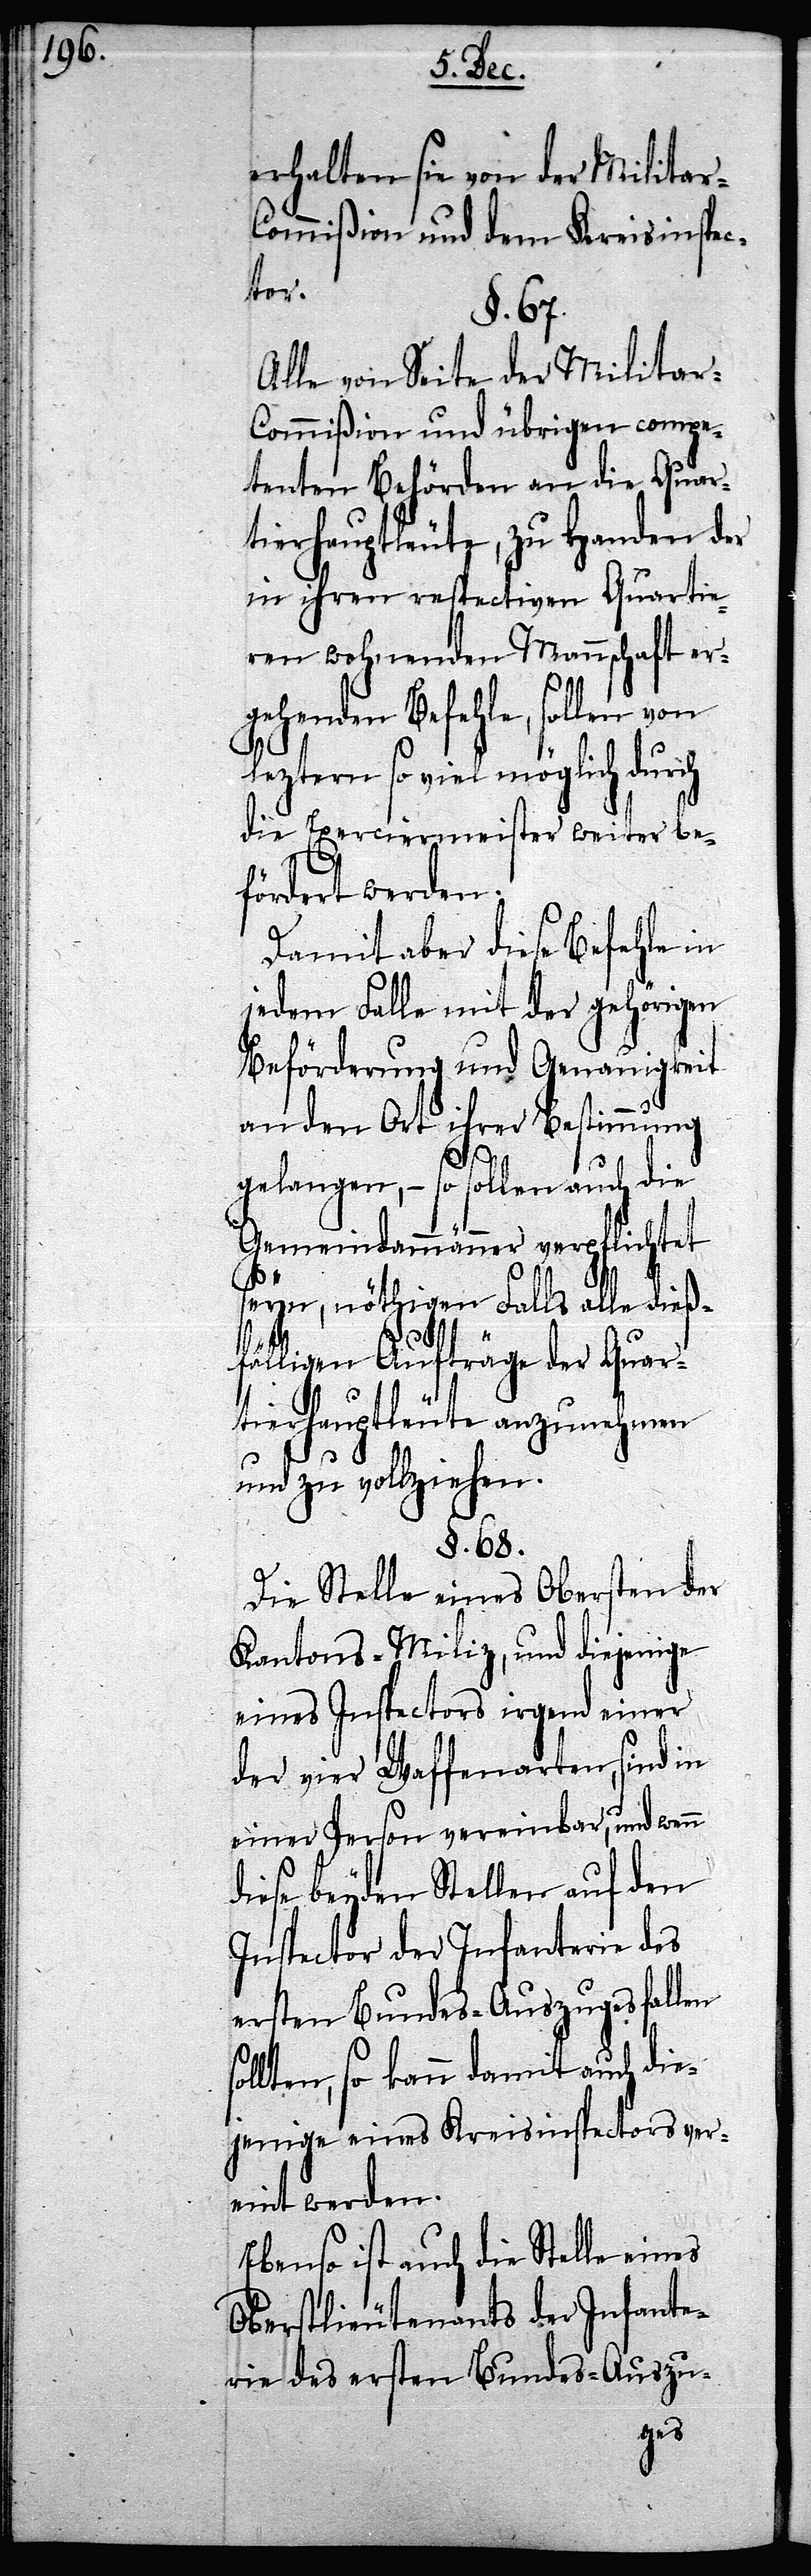
erhalten sie von der Militar-C¬
ommißion und dem Kreisinspec¬
tor.
§. 67.
Alle von Seite der Milita¬
r-Commißion und übrigen compe¬
tenten Behörden an die Quar¬
tierhauptleute, zu Handen der
in ihren respectiven Quartie¬
ren wohnenden Mannschaft er¬
gehenden Befehle, sollen von
leztern so viel möglich durch
die Exerciermeister weiter be¬
fördert werden.
Damit aber diese Befehle in
jedem Falle mit der gehörigen
Beförderung und Genauigkeit
an den Ort ihrer Bestimmung
gelangen, – so sollen auch die
Gemeindammänner verpflichtet
seyn, nöthigen Falls alle dieß¬
fälligen Aufträge der Quart¬
ierhauptleute anzunehmen
und zu vollziehen.
§. 68.
Die Stelle eines Obersten der
Kantons-Miliz, und diejenige
eines Inspectors irgend einer
der vier Waffenarten, sind in
einer Person vereinbar, und wenn
diese beyden Stellen auf den
Inspector der Infanterie des
ersten Bundes-Auszuges fallen
llten, so kann damit auch die¬
jenige eines Kreisinspectors ver¬
eint werden.
Ebenso ist auch die Stelle eines
Oberstlieutenants der Infante¬
rie des ersten Bundes-Auszu-
so¬